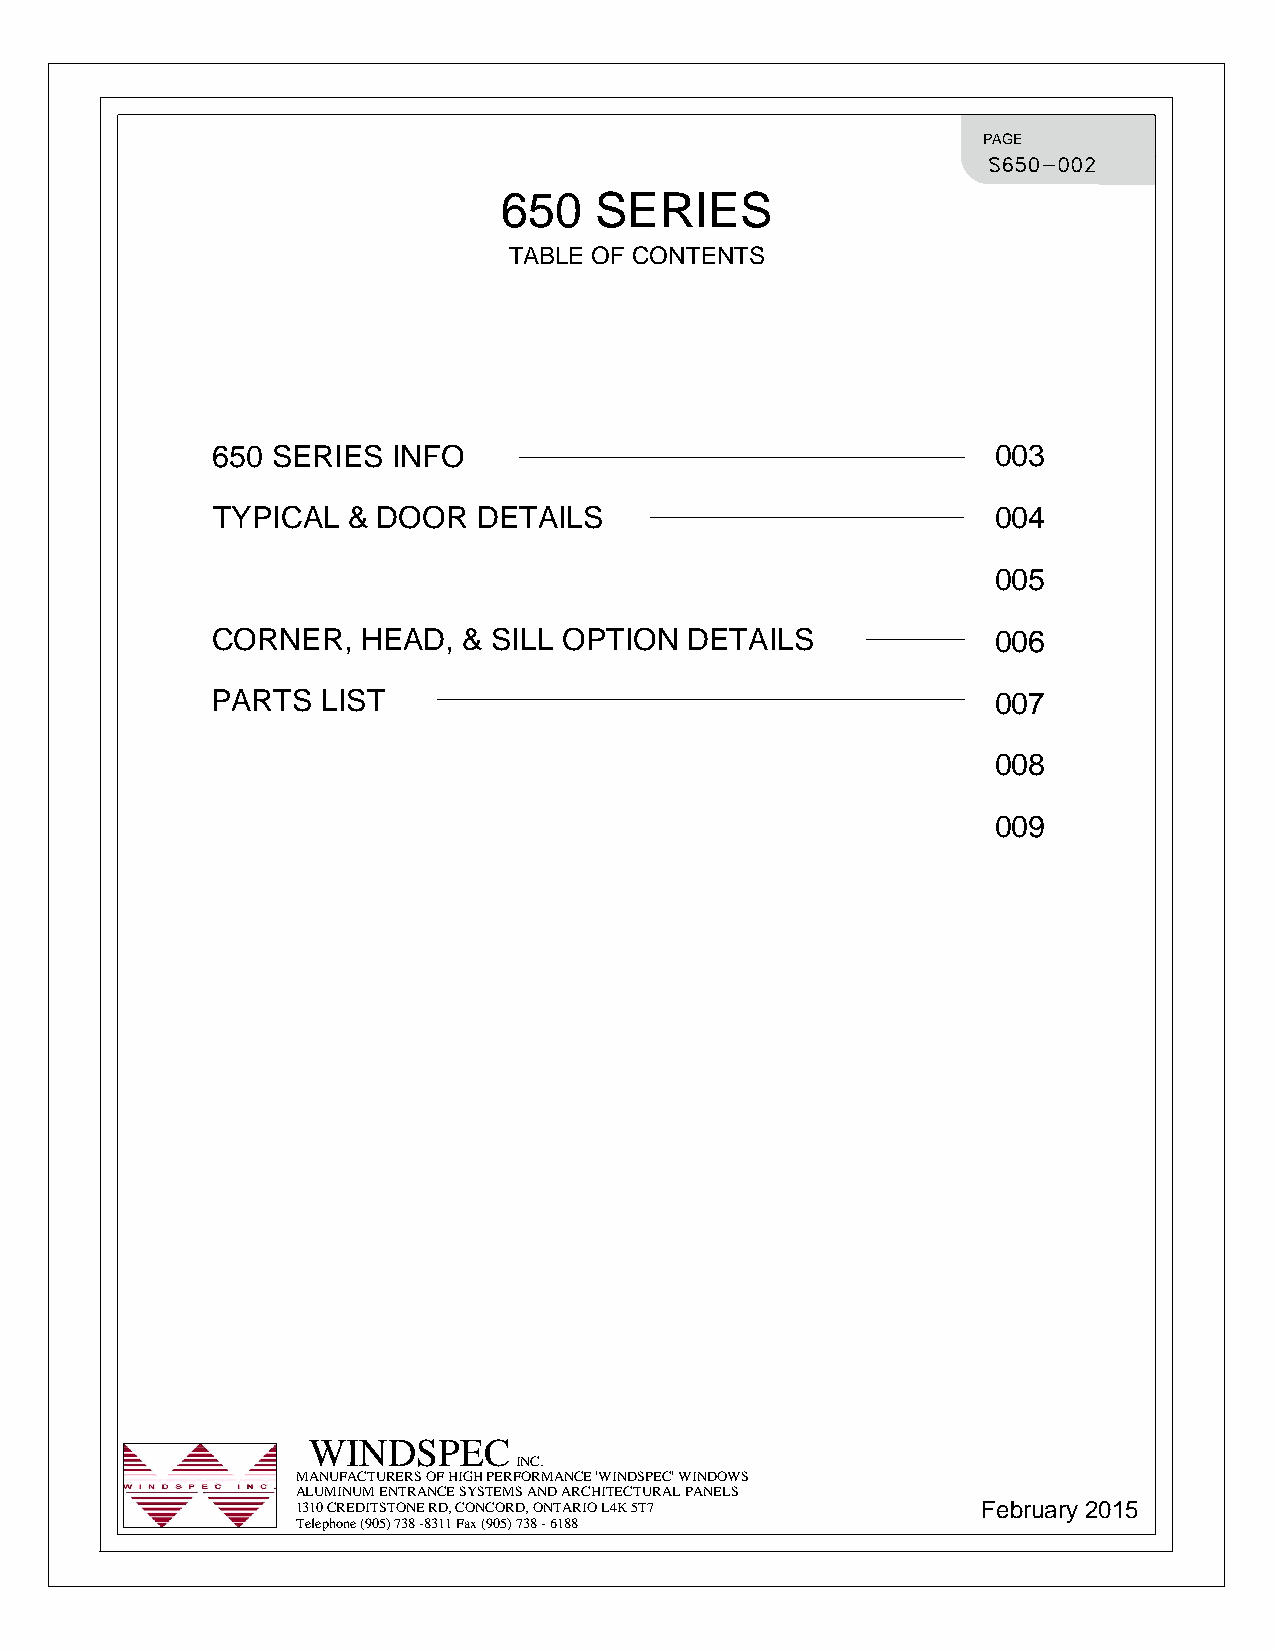
PAGE
 650SERIES
 TABLEOFCONTENTS
 650SERIESINFO                                       003
 TYPICAL&DOORDETAILS                                 004
 005
 CORNER,HEAD,&SILLOPTIONDETAILS                      006
 PARTSLIST                                           007
 008
 009
 WINDSPEC
 INC.
 MANUFACTURERSOFHIGHPERFORMANCE'WINDSPEC'WINDOWS
 ALUMINUMENTRANCESYSTEMSANDARCHITECTURALPANELS
 1310CREDITSTONERD,CONCORD,ONTARIOL4K5T7      February2015
 Telephone(905)738-8311Fax(905)738-6188